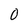
Character: 0